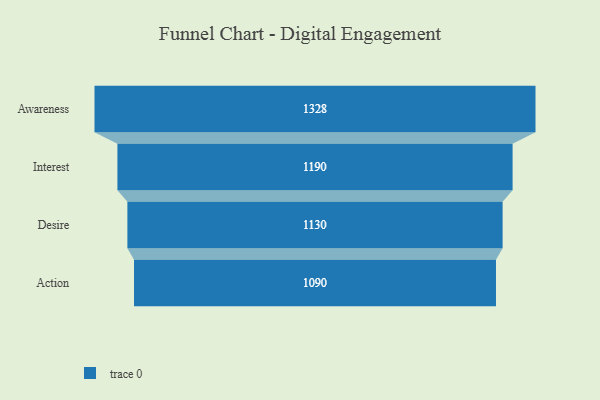
{"axis": {"x": "Stage", "y": "Value"}, "legend": [""], "data": [{"x": "Awareness", "y": 1328.0, "type": ""}, {"x": "Interest", "y": 1190.0, "type": ""}, {"x": "Desire", "y": 1130.0, "type": ""}, {"x": "Action", "y": 1090.0, "type": ""}]}